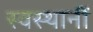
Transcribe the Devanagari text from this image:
स्वस्थानीं